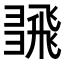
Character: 𢑮